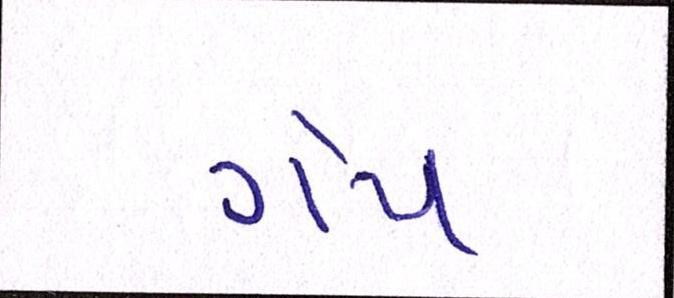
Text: ગેપ